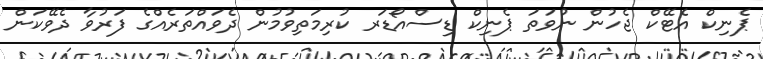
ޕެނިކް އެޓޭކް ޖެހުން ނުވަތަ ޕެނިކް ޑިސްއޯޑަރ ކުރިމަތިވުމުން ދެވައްތަރެއްގެ ފަރުވާ ދެވޭކަން